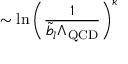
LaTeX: \sim \ln \left( \frac { 1 } { \tilde { b } _ { l } \Lambda _ { \mathrm { Q C D } } } \right) ^ { \kappa }